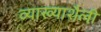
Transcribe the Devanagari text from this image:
व्याख्याशैली